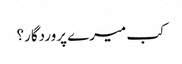
کب میرے پروردگار؟